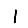
Digit: 1